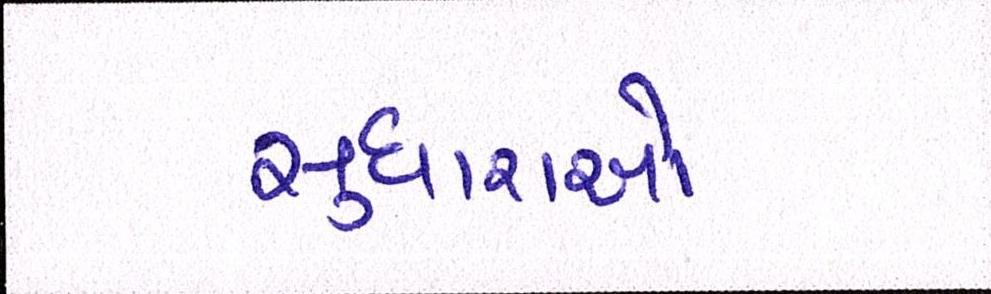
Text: સુધારાઓ